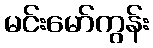
မင်းမော်ကွန်း